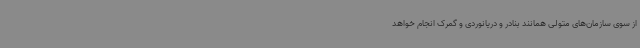
از سوی سازمان‌های متولی همانند بنادر و دریانوردی و گمرک انجام خواهد